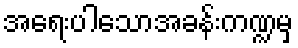
အရေးပါသောအခန်းကဏ္ဍမှ